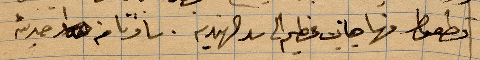
... منها جانب عظيم الى سد الهندية. سافرنا وحديثه